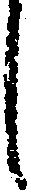
し